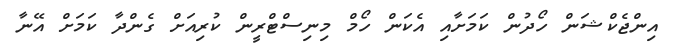
އިންޖެކްޝަން ހޯދުން ކަމަށާއި އެކަން ހޯމް މިނިސްޓްރީން ކުރިއަށް ގެންދާ ކަމަށް އޭނާ